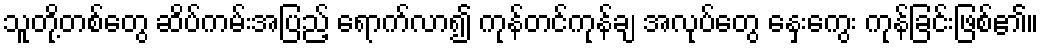
သူတို့တစ်တွေ ဆိပ်ကမ်းအပြည့် ရောက်လာ၍ ကုန်တင်ကုန်ချ အလုပ်တွေ နှေးကွေး ကုန်ခြင်းဖြစ်၏။